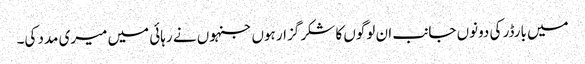
میں بارڈر کی دونوں جانب ان لوگوں کا شکر گزار ہوں جنہوں نے رہائی میں میری مدد کی۔